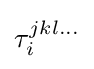
{\textstyle \tau _{i}^{jkl\ldots }}